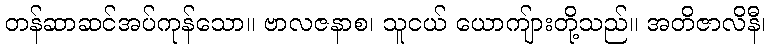
တန်ဆာဆင်အပ်ကုန်သော။ ဗာလဇနာစ၊ သူငယ် ယောကျ်ားတို့သည်။ အတိဇာလိနီ၊